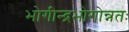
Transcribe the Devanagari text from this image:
भोगीन्द्रभोगोन्नतः